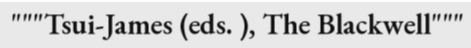
"""Tsui-James (eds. ), The Blackwell"""